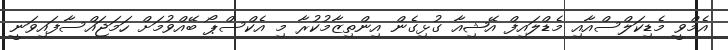
އެމްވީ މެޑިކަލްސްއާއި މެޑްލައިފް އޭޝިއާ ގުޅިގެން އިންތިޒާމުކުރާ މި އެކްސްޕޯ ބޭއްވުމަށް ހަމަޖައްސާފައިވަނީ